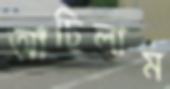
আঁচিলাম